Western US Event
Agency: Department of War
Incident date: 2023
Incident location: Western United States
Page 2
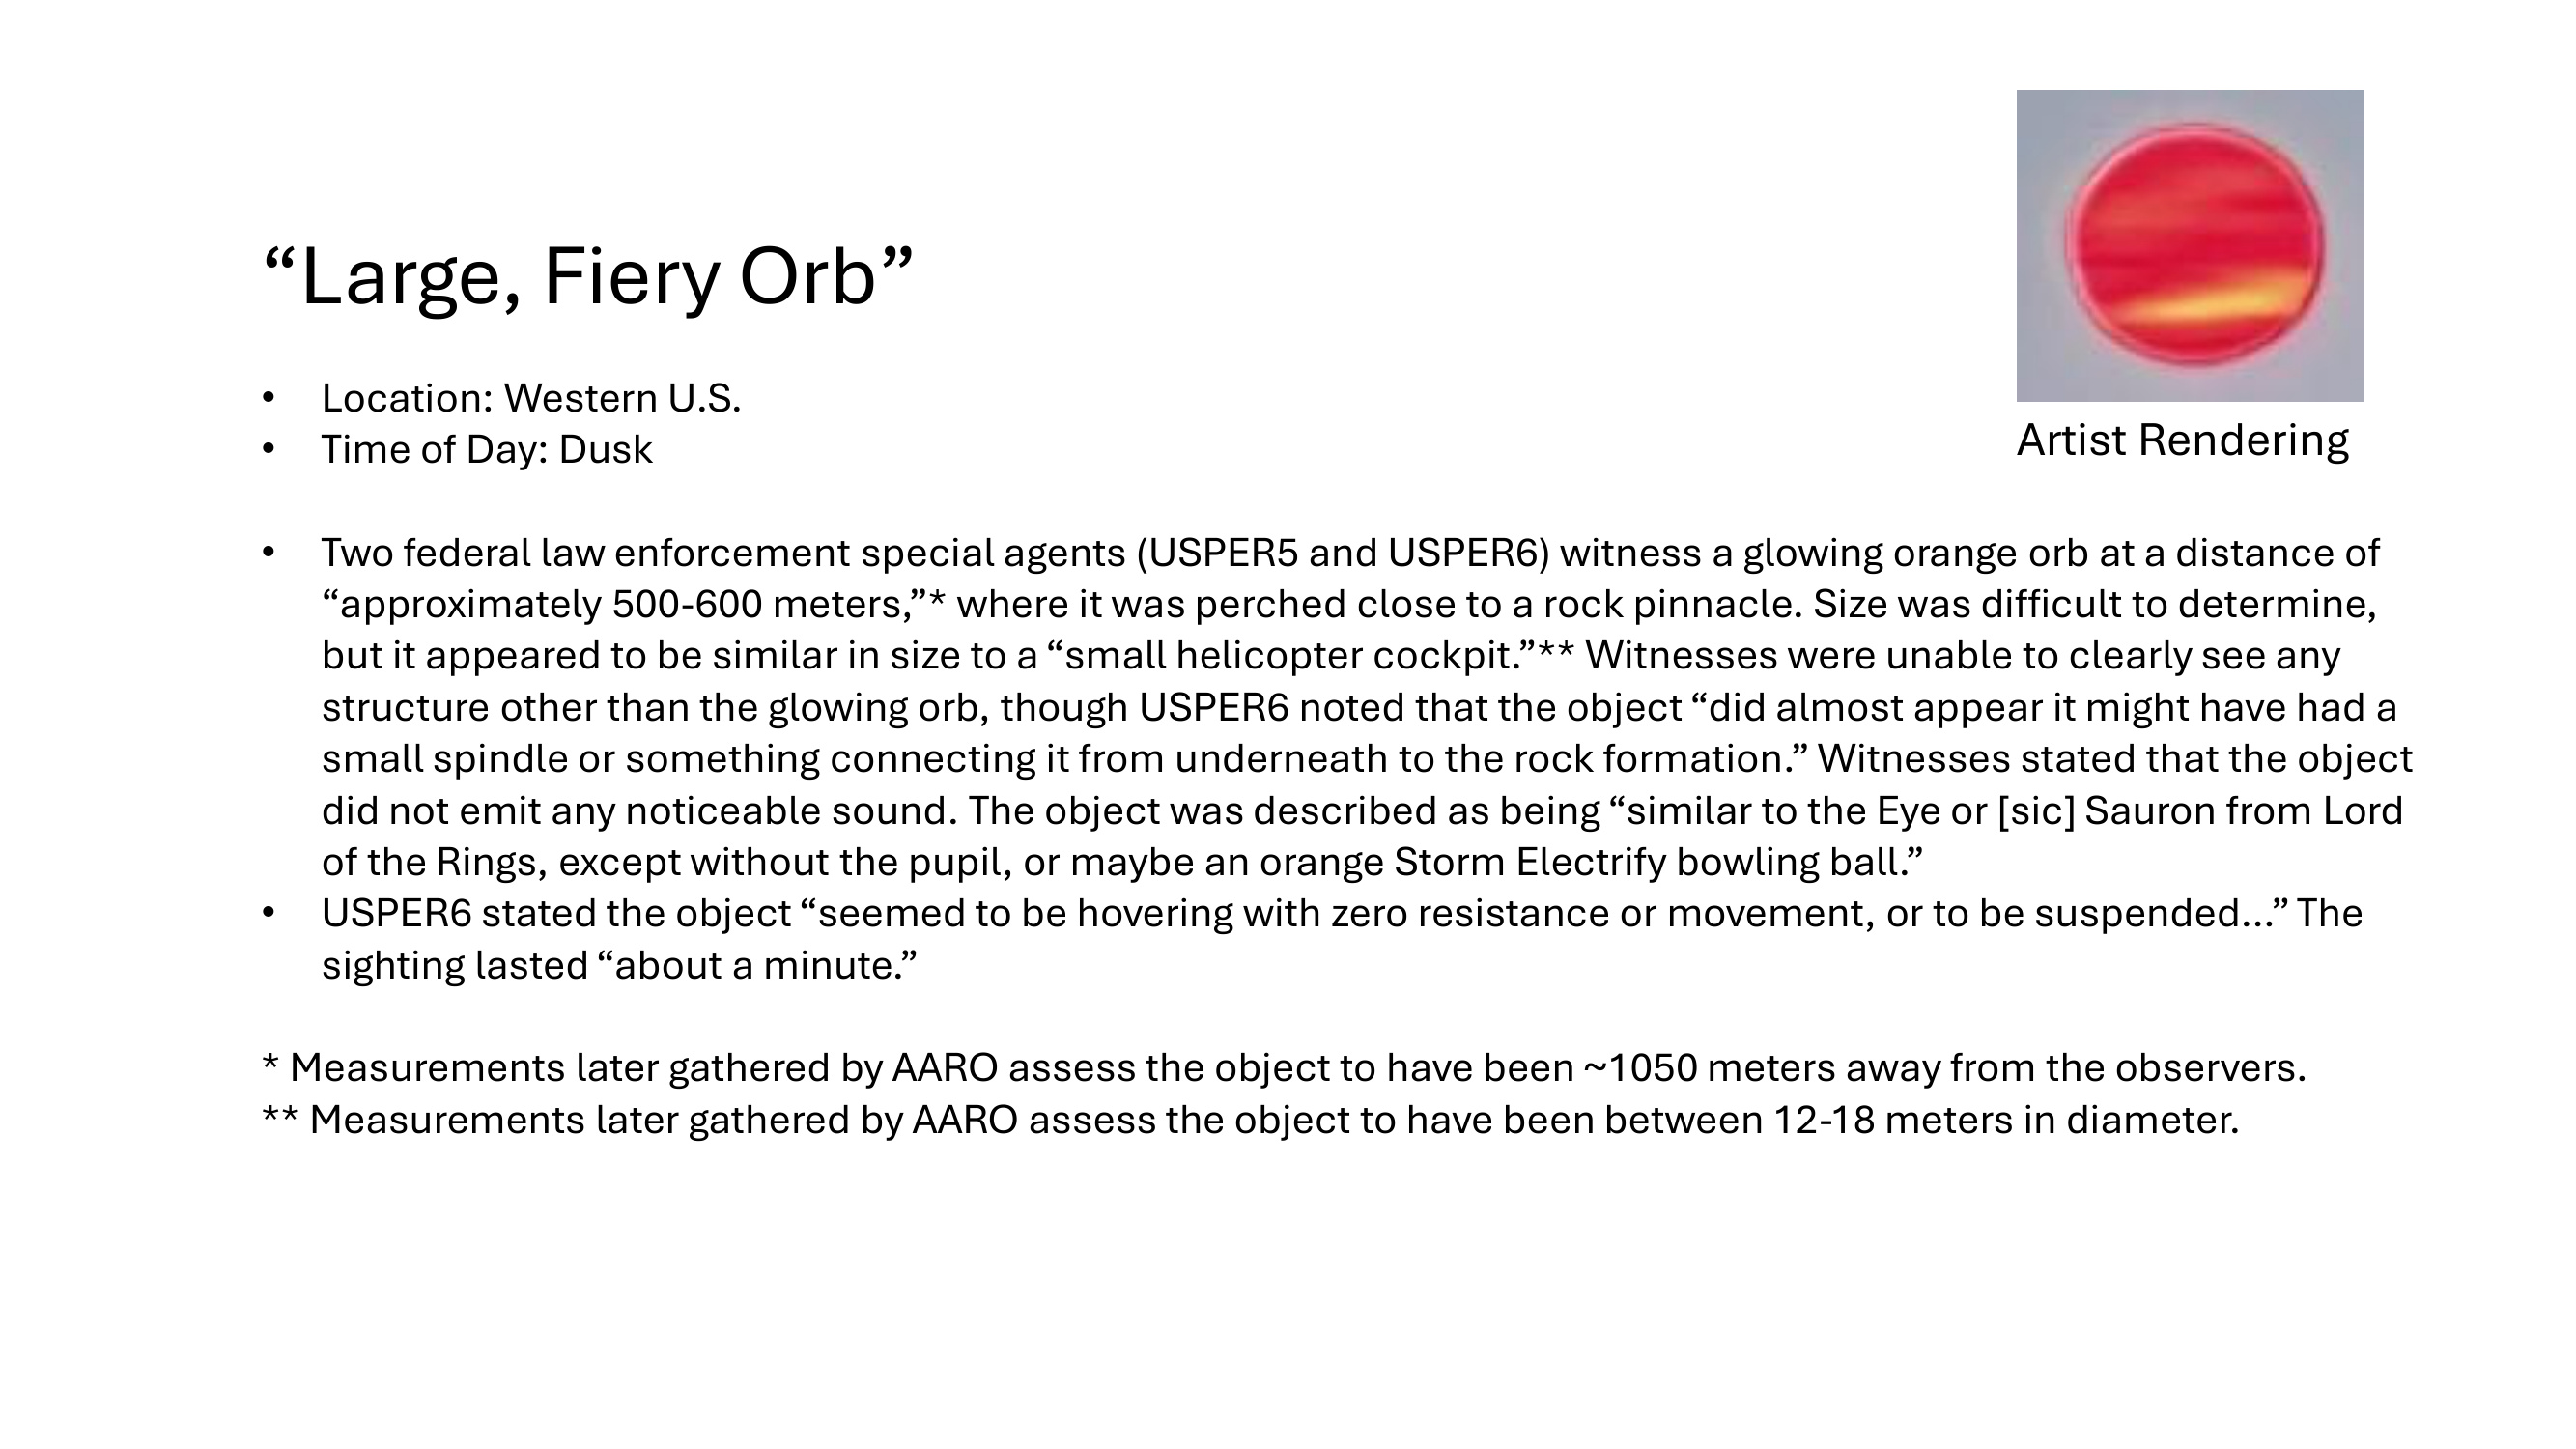